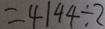
= 4 1 4 4 \div 2